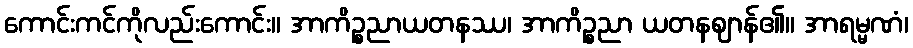
ကောင်းကင်ကိုလည်းကောင်း။ အာကိဉ္စညာယတနဿ၊ အာကိဉ္စညာ ယတနဈာန်၏။ အာရမ္မဏံ၊